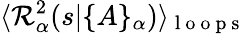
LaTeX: \langle{\cal R}_{\alpha}^{2}(s|\{ A\} _{\alpha})\rangle_{\mathrm{~l~o~o~p~s~}}